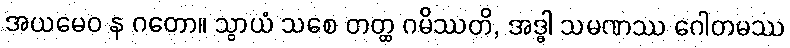
အယမေဝ န ဂတော။ သွာယံ သစေ တတ္ထ ဂမိဿတိ, အဒ္ဓါ သမဏဿ ဂေါတမဿ